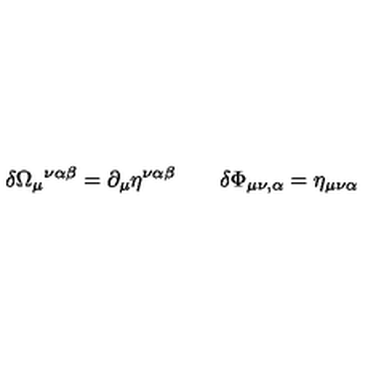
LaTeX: \delta \Omega _ { \mu } { } ^ { \nu \alpha \beta } = \partial _ { \mu } \eta ^ { \nu \alpha \beta } \qquad \delta \Phi _ { \mu \nu , \alpha } = \eta _ { \mu \nu \alpha }